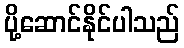
ပို့ဆောင်နိုင်ပါသည်